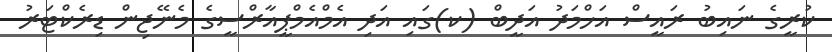
ކުރީގެ ނައިބު ރައީސް އަހްމަދު އަދީބް (ކ)ގައި އަދި އެމްއެމްޕީއާރްސީގެ މެނޭޖިން ޑިރެކްޓަރު